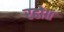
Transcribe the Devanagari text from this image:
रहो॥